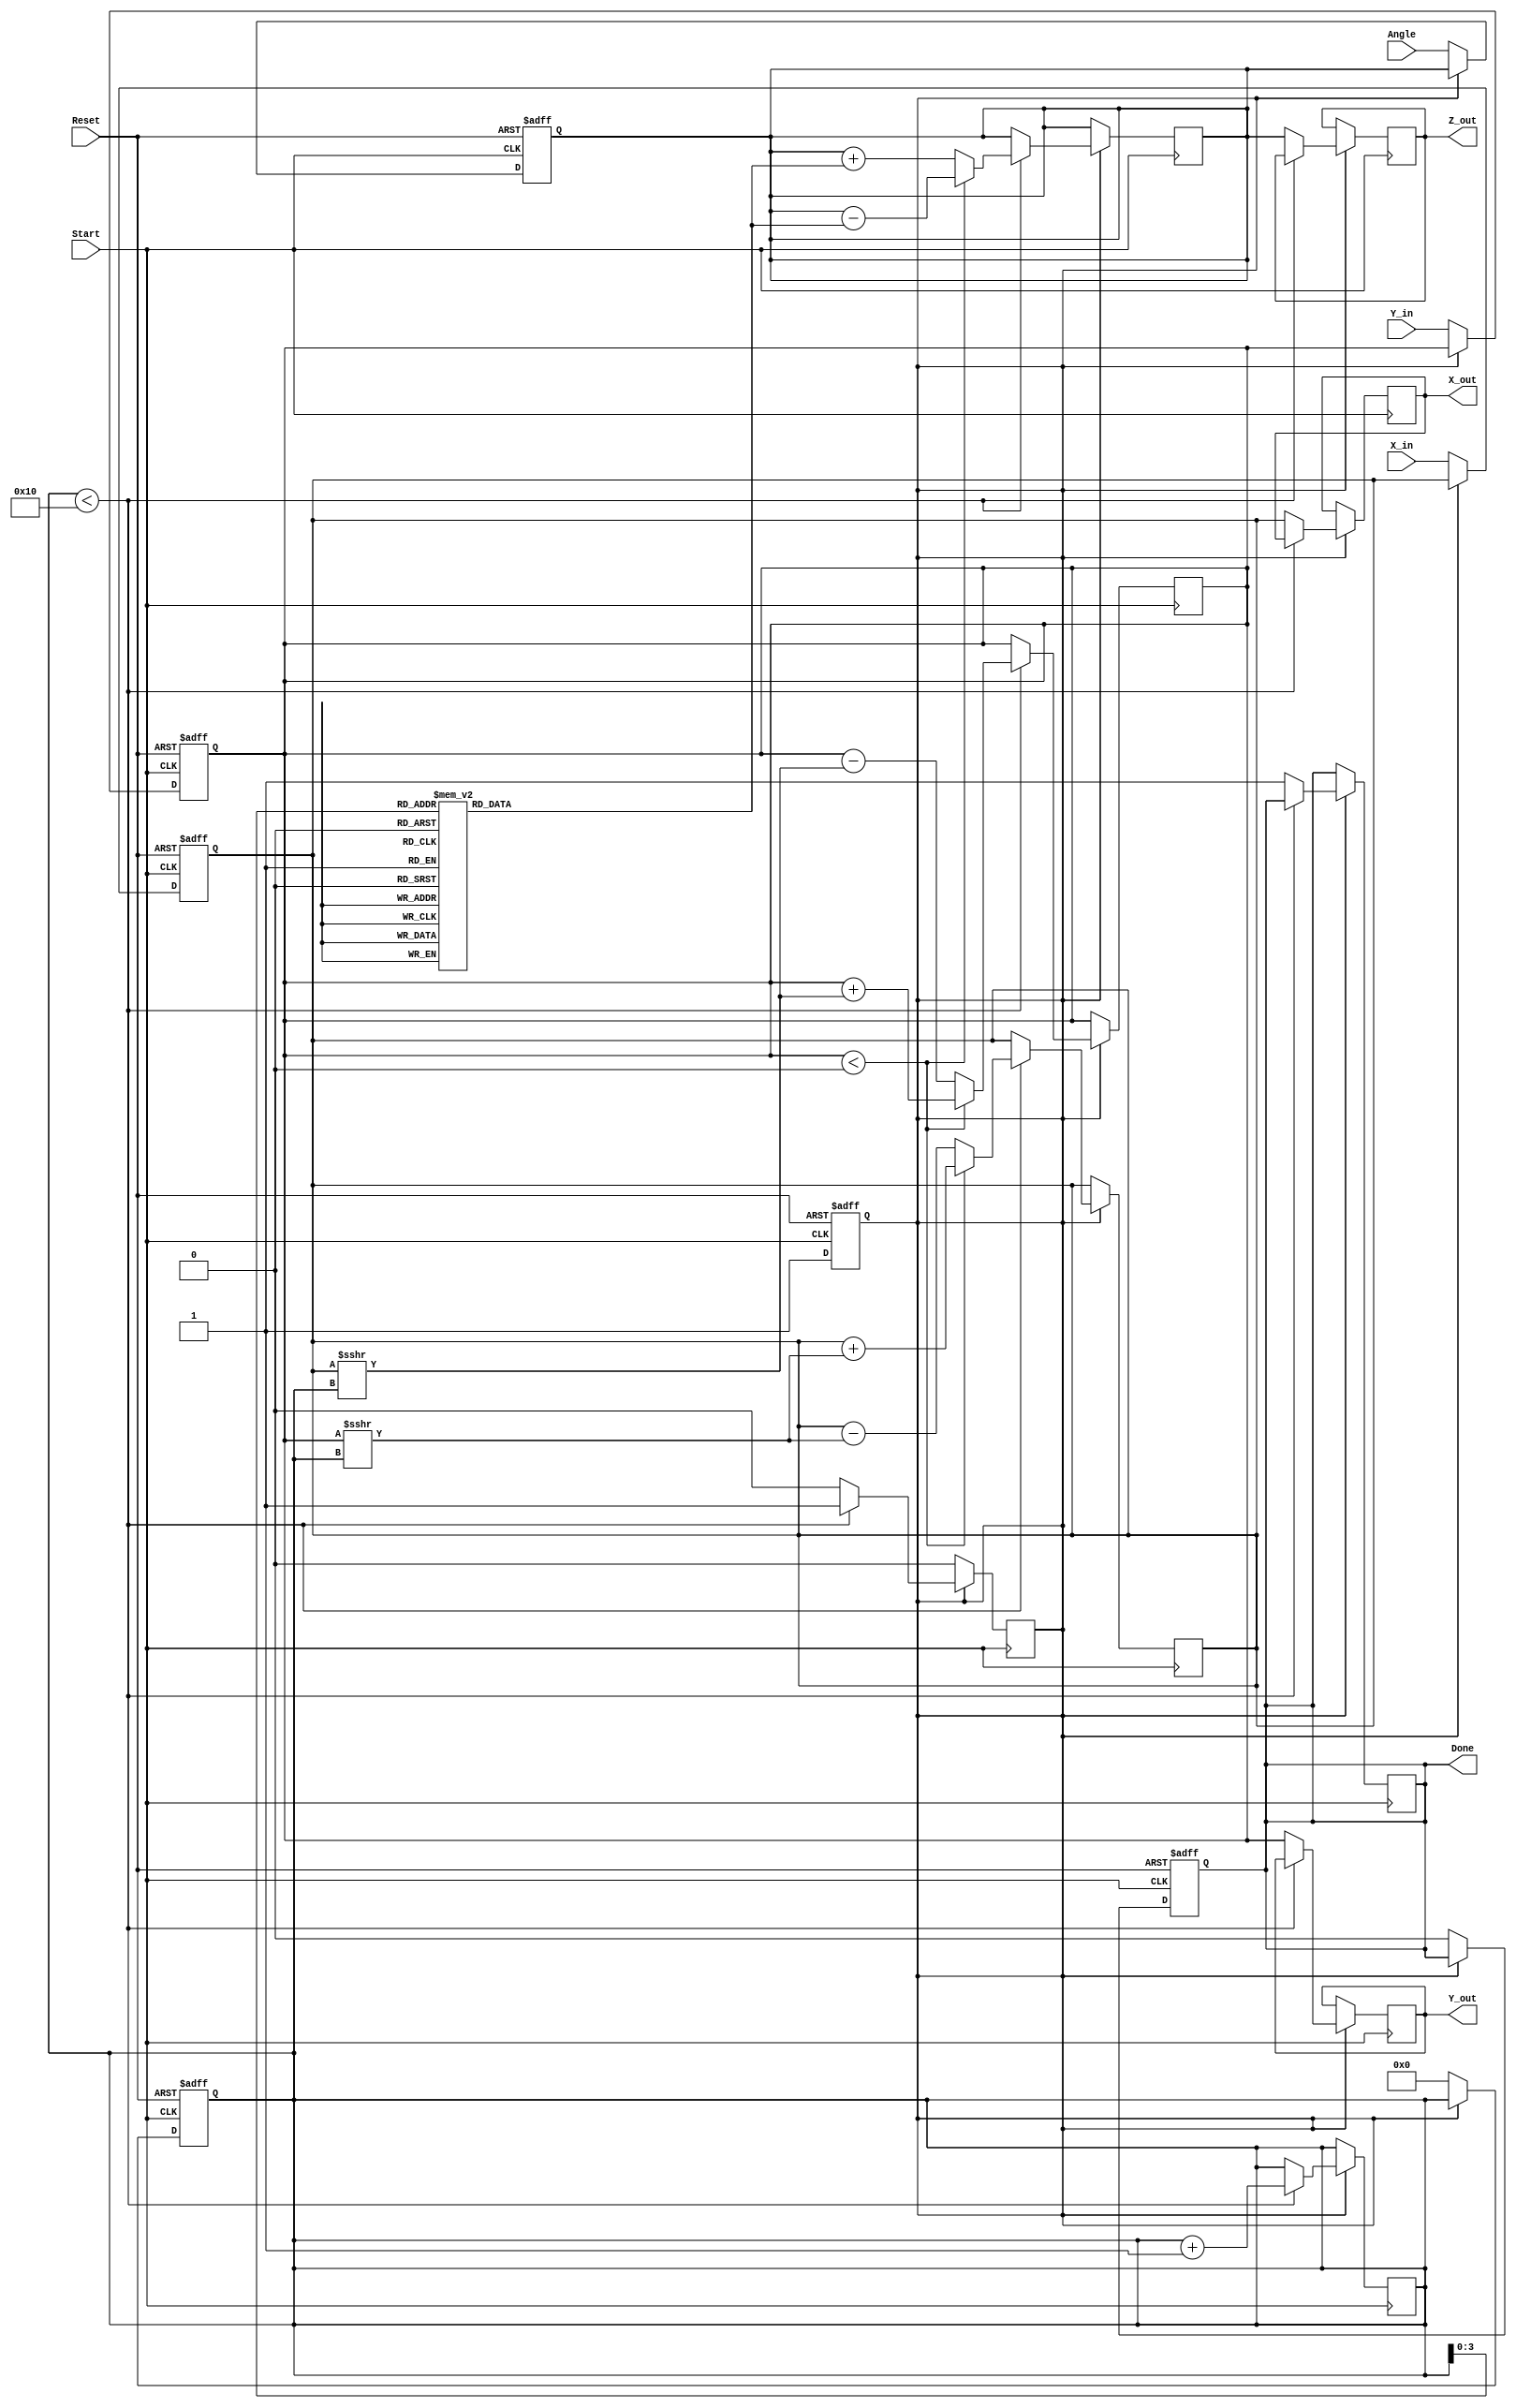
module vectoring_cordic #(
    parameter N = 16,                // Number of iterations
    parameter WIDTH = 16,            // Width of fixed-point representation
    parameter ANGLE_WIDTH = 16       // Width for angle representation
)(
    input  wire [WIDTH-1:0] X_in,    // Input X-coordinate
    input  wire [WIDTH-1:0] Y_in,    // Input Y-coordinate
    input  wire [ANGLE_WIDTH-1:0] Angle, // Initial angle
    input  wire Start,                // Start signal
    input  wire Reset,                // Asynchronous reset
    output reg [WIDTH-1:0] X_out,     // Output X-coordinate
    output reg [WIDTH-1:0] Y_out,     // Output Y-coordinate
    output reg [ANGLE_WIDTH-1:0] Z_out, // Output angle
    output reg Done                   // Completion signal
);

    // CORDIC lookup table for atan(2^-i)
    reg [ANGLE_WIDTH-1:0] atan_table [0:N-1];
    initial begin
        // Precomputed atan(2^-i) values (scaled appropriately)
        atan_table[0] = 16'h2000; // atan(1) = 45 degrees in fixed-point
        atan_table[1] = 16'h12D4; // atan(0.5) = 26.565 degrees
        // Fill in the rest of the table...
        // atan_table[i] = atan(2^-i) for i from 2 to N-1
        // This should be filled with appropriate fixed-point values
    end

    reg [WIDTH-1:0] x_reg, y_reg;
    reg [ANGLE_WIDTH-1:0] z_reg;
    reg [4:0] count; // Iteration counter
    reg state;       // State variable for FSM

    // State machine for operation
    always @(posedge Start or posedge Reset) begin
        if (Reset) begin
            x_reg <= 0;
            y_reg <= 0;
            z_reg <= 0;
            count <= 0;
            Done <= 0;
            state <= 0;
        end else if (state == 0) begin
            // Initialize registers
            x_reg <= X_in;
            y_reg <= Y_in;
            z_reg <= Angle;
            count <= 0;
            Done <= 0;
            state <= 1; // Move to processing state
        end
    end

    // CORDIC iteration processing
    always @(posedge Start) begin
        if (state == 1) begin
            if (count < N) begin
                // Perform the CORDIC rotation
                if (y_reg < 0) begin
                    x_reg <= x_reg + (y_reg >>> count);
                    y_reg <= y_reg + (x_reg >>> count);
                    z_reg <= z_reg - atan_table[count];
                end else begin
                    x_reg <= x_reg - (y_reg >>> count);
                    y_reg <= y_reg - (x_reg >>> count);
                    z_reg <= z_reg + atan_table[count];
                end
                count <= count + 1;
            end else begin
                // Finished all iterations
                X_out <= x_reg;
                Y_out <= y_reg;
                Z_out <= z_reg;
                Done <= 1;
                state <= 0; // Go back to idle state
            end
        end
    end

endmodule